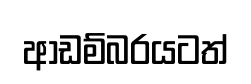
ආඩම්බරයටත්